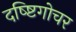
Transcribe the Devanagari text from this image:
दष्ष्टिगोचर